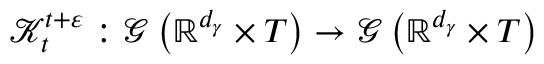
\mathcal { K } _ { t } ^ { t + \varepsilon } : \mathcal { G } \left( \mathbb { R } ^ { d _ { \gamma } } \times T \right) \rightarrow \mathcal { G } \left( \mathbb { R } ^ { d _ { \gamma } } \times T \right)